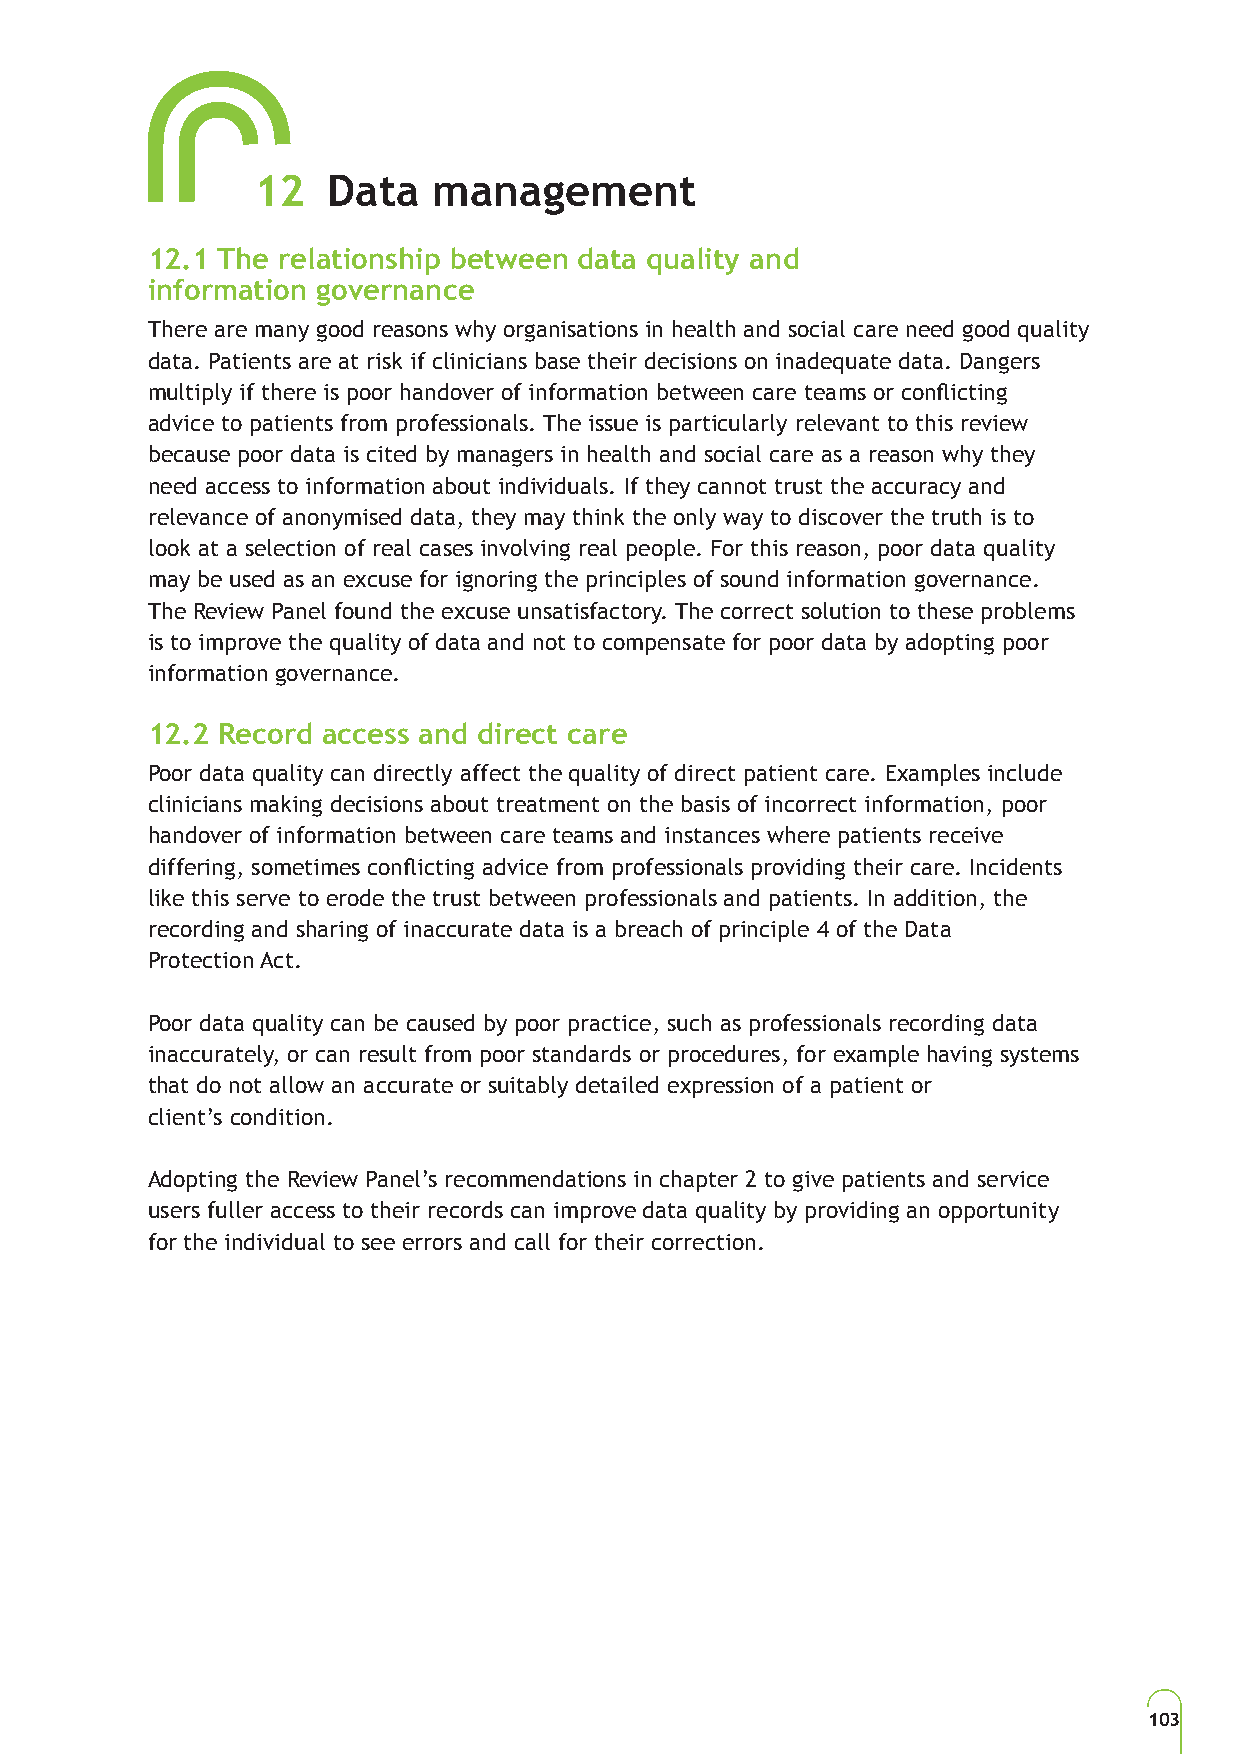
12   Data   management
 12.1 The relationship between data quality and
 information governance
 There are many good reasons why organisations in health and social care need good quality
 data. Patients are at risk if clinicians base their decisions on inadequate data. Dangers
 multiply if there is poor handover of information between care teams or conflicting
 advice to patients from professionals. The issue is particularly relevant to this review
 because poor data is cited by managers in health and social care as a reason why they
 need access to information about individuals. If they cannot trust the accuracy and
 relevance of anonymised data, they may think the only way to discover the truth is to
 look at a selection of real cases involving real people. For this reason, poor data quality
 may be used as an excuse for ignoring the principles of sound information governance.
 The Review Panel found the excuse unsatisfactory. The correct solution to these problems
 is to improve the quality of data and not to compensate for poor data by adopting poor
 information governance.
 12.2 Record access and direct care
 Poor data quality can directly affect the quality of direct patient care. Examples include
 clinicians making decisions about treatment on the basis of incorrect information, poor
 handover of information between care teams and instances where patients receive
 differing, sometimes conflicting advice from professionals providing their care. Incidents
 like this serve to erode the trust between professionals and patients. In addition, the
 recording and sharing of inaccurate data is a breach of principle 4 of the Data
 Protection Act.
 Poor data quality can be caused by poor practice, such as professionals recording data
 inaccurately, or can result from poor standards or procedures, for example having systems
 that do not allow an accurate or suitably detailed expression of a patient or
 client’s condition.
 Adopting the Review Panel’s recommendations in chapter 2 to give patients and service
 users fuller access to their records can improve data quality by providing an opportunity
 for the individual to see errors and call for their correction.
 103